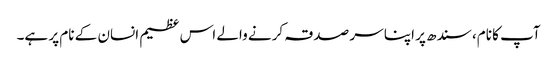
آپ کا نام، سندھ پر اپنا سر صدقہ کرنے والے اس عظیم انسان کے نام پر ہے۔